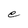
Character: e